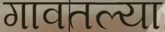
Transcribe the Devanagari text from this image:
गावतल्या